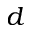
d